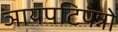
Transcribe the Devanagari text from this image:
ञायपटिपन्नो